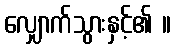
လျှောက်သွားနှင့်၏ ။